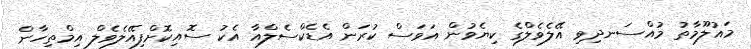
މައުލޫމާތު މުއްސަނދިވި އޭލެވެލްގެ ކިޔެވުން އަވަސް ކުރަން އެޑެކްސެލްއާ އެކު ސޮއިކޮށްފިއޭލެވެލް އިމްތިހާން